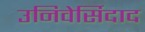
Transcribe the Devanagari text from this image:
उनिवेर्सिदाद